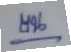
บน